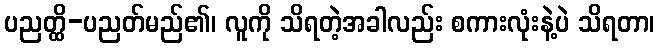
ပညတ္ထိ-ပညတ်မည်၏၊ လူကို သိရတဲ့အခါလည်း စကားလုံးနဲ့ပဲ သိရတာ၊